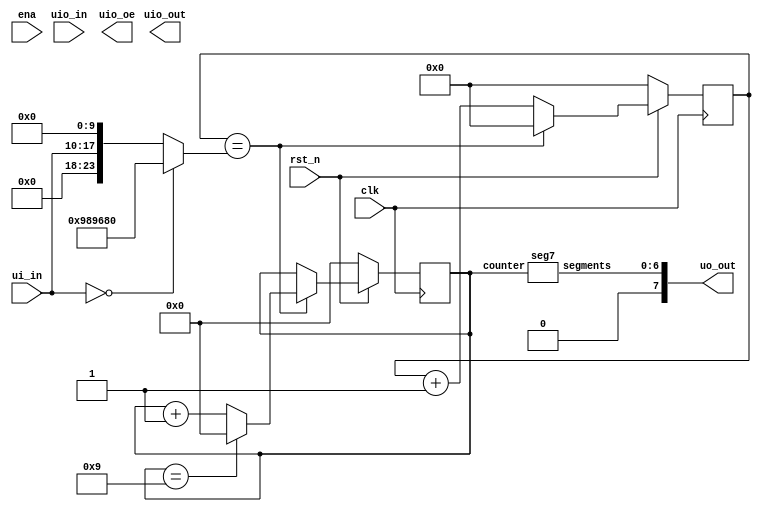
/*
 * Copyright (c) 2024 Your Name
 * SPDX-License-Identifier: Apache-2.0
 */

`default_nettype none

module tt_um_seven_segment_seconds #( parameter MAX_COUNT = 24'd10_000_000 ) (
    input  wire [7:0] ui_in,    // Dedicated inputs - connected to the input switches
    output wire [7:0] uo_out,   // Dedicated outputs - connected to the 7 segment display
    input  wire [7:0] uio_in,   // IOs: Bidirectional Input path
    output wire [7:0] uio_out,  // IOs: Bidirectional Output path
    output wire [7:0] uio_oe,   // IOs: Bidirectional Enable path (active high: 0=input, 1=output)
    input  wire       ena,      // will go high when the design is enabled
    input  wire       clk,      // clock
    input  wire       rst_n     // reset_n - low to reset
);

    wire reset = ! rst_n;
    wire [6:0] led_out;
    assign uo_out[6:0] = led_out;
    assign uo_out[7] = 1'b0;

    // use bidirectionals as outputs
    // assign uio_oe = 8'b11111111;

    // put bottom 8 bits of second counter out on the bidirectional gpio
    // assign uio_out = second_counter[7:0];

    // external clock is 10MHz, so need 24 bit counter
    reg [23:0] second_counter;
    reg [3:0] digit;

    // if external inputs are set then use that as compare count
    // otherwise use the hard coded MAX_COUNT
    wire [23:0] compare = ui_in == 0 ? MAX_COUNT: {6'b0, ui_in[7:0], 10'b0};

    always @(posedge clk) begin
        // if reset, set counter to 0
        if (reset) begin
            second_counter <= 0;
            digit <= 0;
        end else begin
            // if up to 16e6
            if (second_counter == compare) begin
                // reset
                second_counter <= 0;

                // increment digit
                digit <= digit + 1'b1;

                // only count from 0 to 9
                if (digit == 9)
                    digit <= 0;

            end else
                // increment counter
                second_counter <= second_counter + 1'b1;
        end
    end

    // instantiate segment display
    seg7 seg7(.counter(digit), .segments(led_out));

endmodule


module seg7 (
    input wire [3:0] counter,
    output reg [6:0] segments
);

    always @(*) begin
        case(counter)
            //                7654321
            0:  segments = 7'b0111111;
            1:  segments = 7'b0000110;
            2:  segments = 7'b1011011;
            3:  segments = 7'b1001111;
            4:  segments = 7'b1100110;
            5:  segments = 7'b1101101;
            6:  segments = 7'b1111101;
            7:  segments = 7'b0000111;
            8:  segments = 7'b1111111;
            9:  segments = 7'b1101111;
            10: segments = 7'b1110111;
            11: segments = 7'b1111100;
            12: segments = 7'b0111001;
            13: segments = 7'b1011110;
            14: segments = 7'b1111001;
            15: segments = 7'b1110001;
	    default:
                segments = 7'b0000000;
        endcase
    end

endmodule